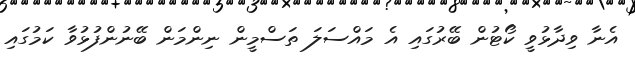
އެނާ ވިދާޅުވީ ކޯޓުން ބޭރުގައި އެ މައްސަލަ ތަސްމީން ނިންމަން ބޭނުންފުޅުވާ ކަމުގައި